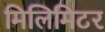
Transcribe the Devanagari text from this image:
मिलिमिटर